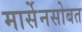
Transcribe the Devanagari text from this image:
मार्सेनसोबत